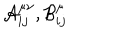
LaTeX: { \cal { A } } _ { i j } ^ { \mu \nu } , { \cal { B } } _ { i j } ^ { \mu }